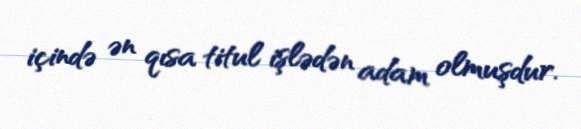
içində ən qısa titul işlədən adam olmuşdur.